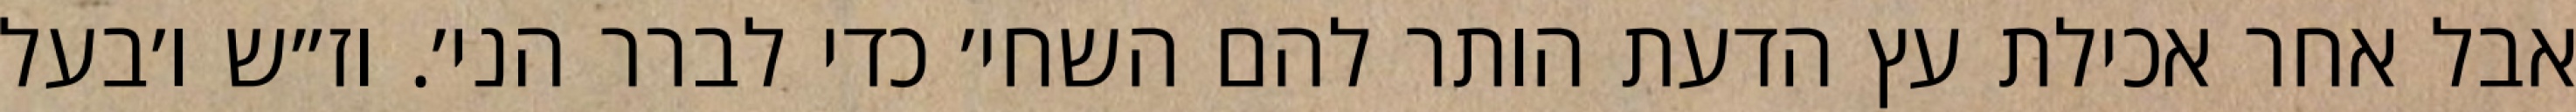
אבל אחר אכילת עץ הדעת הותר להם השחי׳ כדי לברר הני׳. וז״ש ו׳בעל